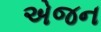
એજન